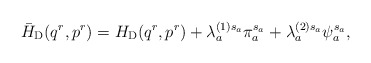
\begin{align*}\bar{H}_{\rm D}(q^r,p^r)=H_{\rm D}(q^r,p^r) + \lambda_a^{(1)s_a}\pi_a^{s_a} +\lambda_a^{(2)s_a}\psi_a^{s_a}, \end{align*}